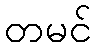
တမင်